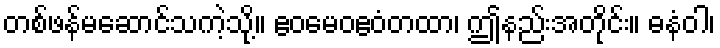
တစ်ဖန်မဆောင်သကဲ့သို့။ ဧဝမေဝဧဝံတထာ၊ ဤနည်းအတိုင်း။ ဓနံဝါ၊